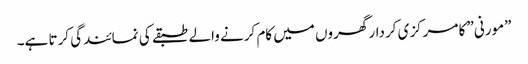
”مورنی” کا مرکزی کردار گھروں میں کام کرنے والے طبقے کی نمائندگی کرتا ہے۔